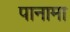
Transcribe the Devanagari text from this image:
पानामा